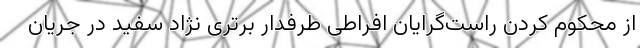
از محکوم کردن راست‌گرایان افراطی طرفدار برتری نژاد سفید در جریان